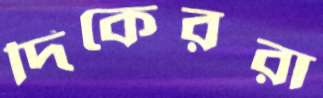
দিকেররা